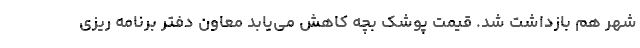
شهر هم بازداشت شد. قیمت پوشک بچه کاهش می‌یابد معاون دفتر برنامه ریزی